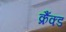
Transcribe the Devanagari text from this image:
क्रैंक्ड